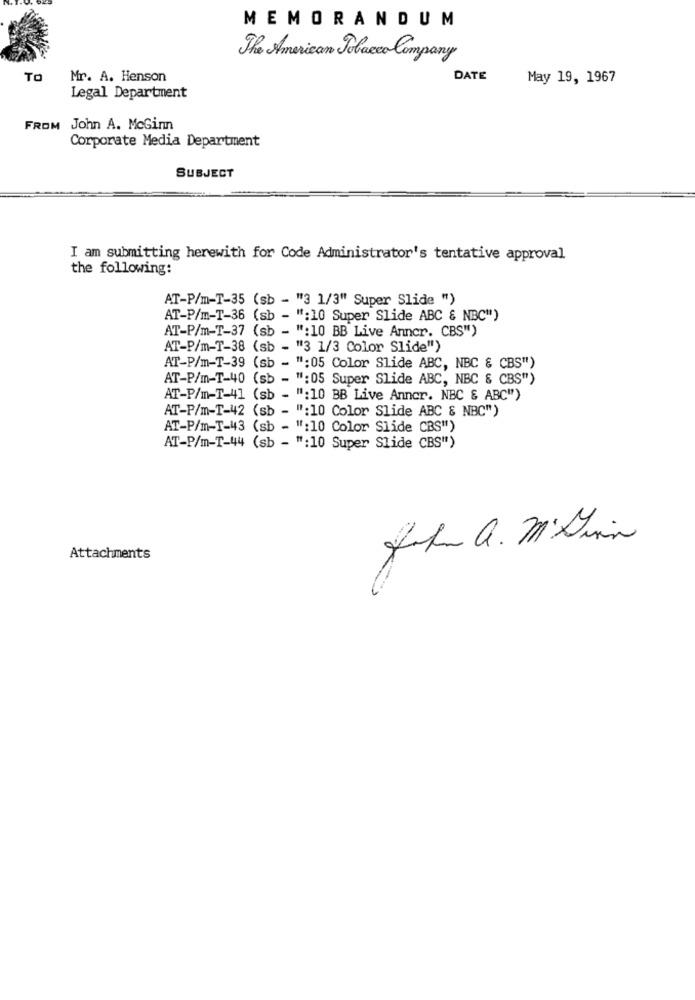
MEMORANDUM
The American Tobacco Company
TO
Mr. A. Henson
DATE
May 19, 1967
Legal Department
FROM John A. McGinn
Corporate Media Department
SUBJECT
I am submitting herewith for Code Administrator's tentative approval
the following:
AT-P/m-T-35 (sb - "3 1/3" Super Slide ")
AT-P/m-T-36 (sb - ":10 Super Slide ABC & NBC")
AT-P/m-T-37 (sb - ":10 BB Live Anncr. CBS")
AT-P/m-T-38 (sb - "3 1/3 Color Slide")
AT-P/m-T-39 (sb - ":05 Color Slide ABC, NBC & CBS")
AT-P/m-T-40 (sb - ":05 Super Slide ABC, NBC & CBS")
AT-P/m-T-41 (sb - ":10 BB Live Anner. NBC & ABC")
AT-P/m-T-42 (sb - ":10 Color Slide ABC & NBC")
AT-P/m-T-43 (sb - ":10 Color Slide CBS")
AT-P/m-T-44 (sb - ":10 Super Slide CBS")
John a. M'Din
Attachments